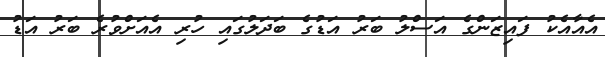
އެއާއެކު ފައިޒަންގެ އަސްލު ބަރު އަޑުގެ ބަދަލުގައި ހުރި އެއަށްވުރެ ބަރު އަޑު